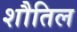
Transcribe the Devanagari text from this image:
शौतिल